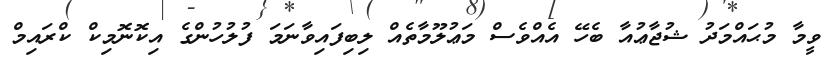
ވީމާ މުޙައްމަދު ޝުޖާޢުއާ ބެހޭ އެއްވެސް މަޢުލޫމާތެއް ލިބިފައިވާނަމަ ފުލުހުންގެ އިކޮނޮމިކް ކްރައިމް